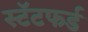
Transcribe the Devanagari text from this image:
स्टॅटफर्ड